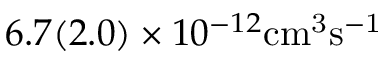
6 . 7 ( 2 . 0 ) \times 1 0 ^ { - 1 2 } \mathrm { { c m } ^ { 3 } \mathrm { { s } ^ { - 1 } } }